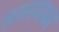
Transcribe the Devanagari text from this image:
समस्याका